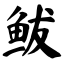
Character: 鲅